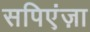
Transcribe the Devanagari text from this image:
सपिएंज़ा